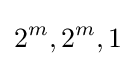
2^{m},2^{m},1